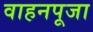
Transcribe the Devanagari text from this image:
वाहनपूजा